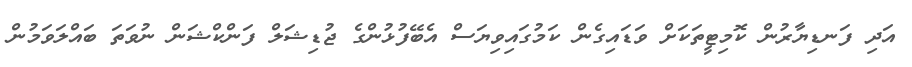
އަދި ފަނޑިޔާރުން ކޮމިޓީތަކަށް ވަޑައިގެން ކަމުގައިވިޔަސް އެބޭފުޅުންގެ ޖުޑިޝަލް ފަންކްޝަން ނުވަތަ ބައްލަވަމުން